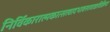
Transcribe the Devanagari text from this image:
निर्विकारात्मकात्सत्वादभावस्तत्राद्यविक्रिया